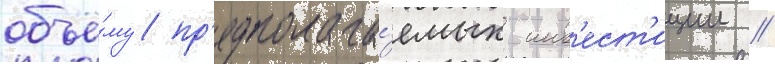
объё́му пр'едполага́емых инв'ест'иции //